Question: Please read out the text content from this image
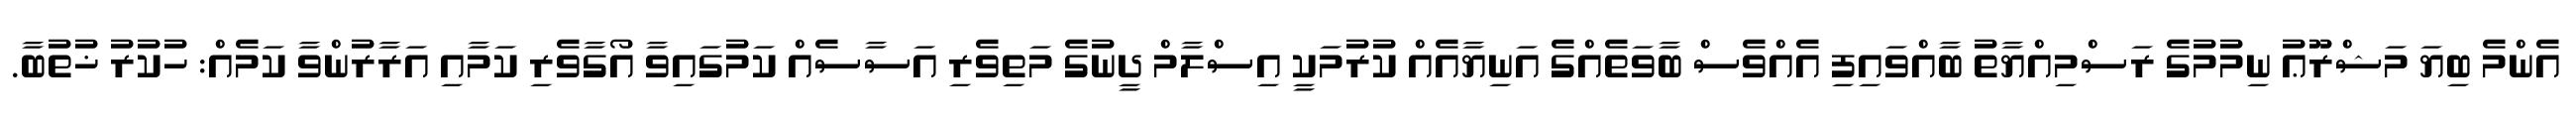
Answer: އެންމެ ބިޔަ މަޝްރޫޢު ނިމުމުގެ ރަސްމިއްޔާތު ބާއްވައިފި އެއްވެސް ބާވަތެއްގެ އަނިޔާއެއް ކުރުމަކީ އިސްލާމް ދީނުގެ މަތިވެރި އަސާސެއް ކަމުގައިވާ އޯގާވެރި ކަމާއި އަރާރުންވާ ކަމެއް: ހުކުރު ޚުތުބާ.